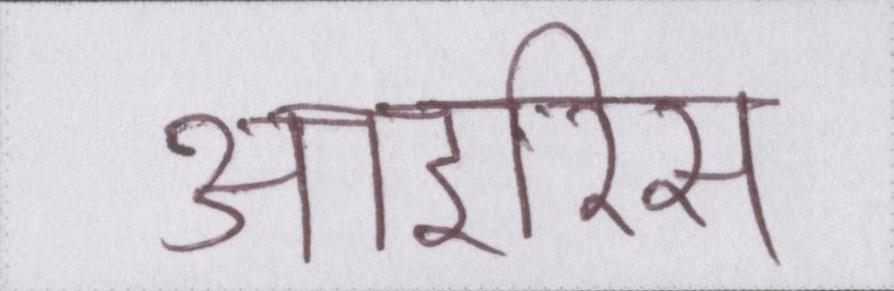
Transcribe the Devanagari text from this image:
आइरिस